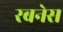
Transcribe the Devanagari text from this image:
रबनेस